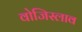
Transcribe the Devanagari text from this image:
वोजिस्लाव